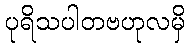
ပုရိသပါတဗဟုလမှိ